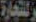
للتجارة